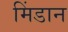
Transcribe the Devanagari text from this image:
मिंडान